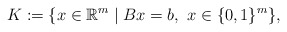
\begin{align*} K := \{ x \in \mathbb{R}^{m} \;|\; Bx=b, ~x \in \{0,1\}^{m} \},\end{align*}